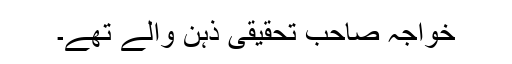
خواجہ صاحب تحقیقی ذہن والے تھے۔